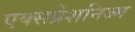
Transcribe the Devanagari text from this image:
एक्सप्रेशनिज्म